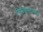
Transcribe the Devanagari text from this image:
विश्वपसाऱ्यात